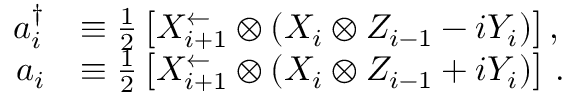
\begin{array} { r l } { a _ { i } ^ { \dagger } } & { \equiv \frac { 1 } { 2 } \left[ X _ { i + 1 } ^ { \leftarrow } \otimes ( X _ { i } \otimes Z _ { i - 1 } - i Y _ { i } ) \right] , } \\ { a _ { i } } & { \equiv \frac { 1 } { 2 } \left[ X _ { i + 1 } ^ { \leftarrow } \otimes ( X _ { i } \otimes Z _ { i - 1 } + i Y _ { i } ) \right] \, . } \end{array}